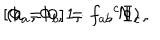
LaTeX: [ \Phi _ { a } , \Phi _ { b } ] = { f _ { a b } } ^ { c } \Phi _ { c } , \hspace { . 5 i n } ( a = 0 , 1 , \cdots , N ) ~ .